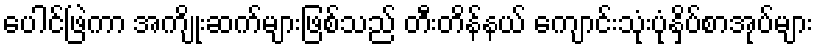
ပေါင်ဖြဲကာ အကျိုးဆက်များဖြစ်သည် တီးတိန်နယ် ကျောင်းသုံးပုံနှိပ်စာအုပ်များ